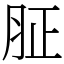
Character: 𦙫